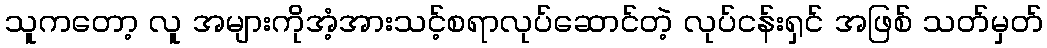
သူကတော့ လူ အများကိုအံ့အားသင့်စရာလုပ်ဆောင်တဲ့ လုပ်ငန်းရှင် အဖြစ် သတ်မှတ်